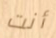
أنت